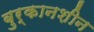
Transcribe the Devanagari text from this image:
बुर्कानशीन